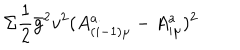
\Sigma \frac { 1 } { 2 } \bar { g } ^ { 2 } v ^ { 2 } ( A _ { ( i - 1 ) \mu } ^ { a } - A _ { i \mu } ^ { a } ) ^ { 2 }